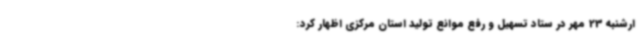
ارشنبه 23 مهر در ستاد تسهیل و رفع موانع تولید استان مرکزی اظهار کرد: